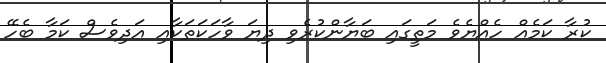
ކުރާ ކަމެއް ހެއްޔެވެ މަތީގައި ބަޔާންކުރެވި ދިޔަ ވާހަކަތަކާއި އަދިވެސް ކަމާ ބެހޭ